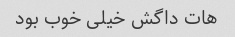
هات داگش خیلی خوب بود